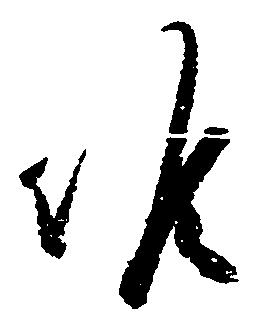
候